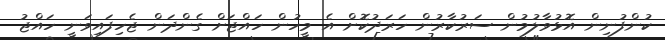
ކުންފުނިން އޮޅުވާލުމުން ސަރުކާރުން ހަރަދުކޮށް އެ މީހުން ހައްޖަށް ގެންދަން ޖެހިފައިވަނީ ހައްޖު